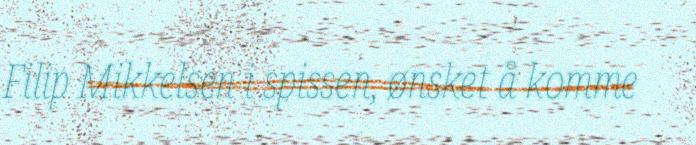
Filip Mikkelsen i spissen, ønsket å komme